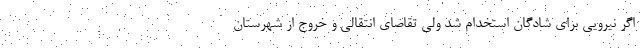
اگر نیرویی برای شادگان استخدام شد ولی تقاضای انتقالی و خروج از شهرستان